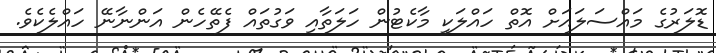
ޑޮލަރުގެ މައްސަލައަށް އޮތް ހައްލަކީ މާކެޓުން ހަލަތާއި ވަގުތައް ފެތޭހެން އަންނާނޭ ހައްލެކެވެ.